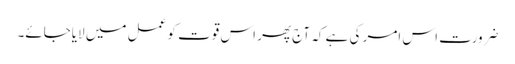
ضرورت اس امر کی ہے کہ آج پھر اس قوت کو عمل میں لایاجائے۔